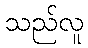
သည်လူ